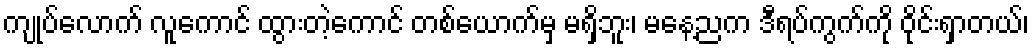
ကျုပ်လောက် လူကောင် ထွားတဲ့ကောင် တစ်ယောက်မှ မရှိဘူး၊ မနေ့ညက ဒီရပ်ကွက်ကို ဝိုင်းရှာတယ်၊